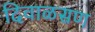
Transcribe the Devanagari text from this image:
दिवाळसण